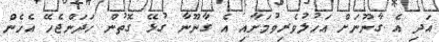
އަދި އެ ގާނޫނަށް އަހުލުވެރިވުމަށާއި އެ ގާނޫނާ ގުޅޭ ގޮތުން ހަދަންޖެހޭ އެހެން